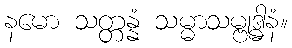
နမော သတ္တန္နံ သမ္မာသမ္ဗုဒ္ဓါနံ။